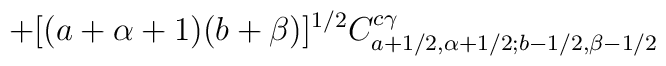
+ [(a+\alpha+1)(b+\beta)]^{1/2}C_{a+1/2, \alpha+1/2; b-1/2, \beta-1/2}^{c\gamma}